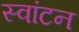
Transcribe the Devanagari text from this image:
स्वांटन